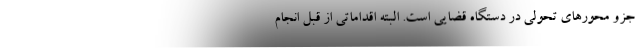
جزو محور‌های تحولی در دستگاه قضایی است. البته اقداماتی از قبل انجام